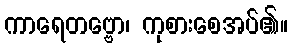
ကာရေတဗ္ဗော၊ ကုစားစေအပ်၏။